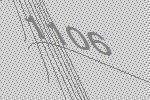
1106